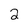
Character: 2